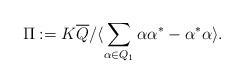
LaTeX: \begin{align*}\Pi :=K\overline{Q}/\langle \displaystyle\sum\limits_{\alpha\in Q_1} \alpha\alpha^{\ast}-\alpha^{\ast}\alpha \rangle . \end{align*}